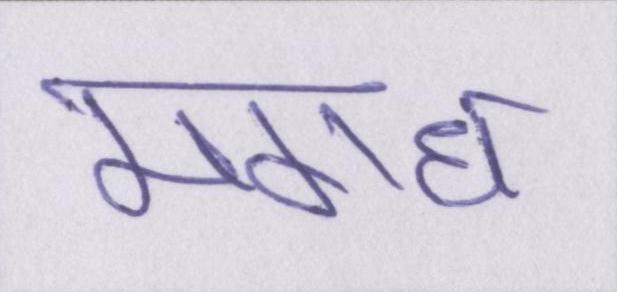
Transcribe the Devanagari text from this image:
मगध